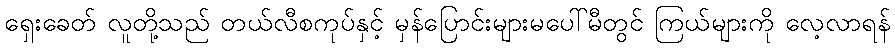
ရှေးခေတ် လူတို့သည် တယ်လီစကုပ်နှင့် မှန်ပြောင်းများမပေါ်မီတွင် ကြယ်များကို လေ့လာရန်